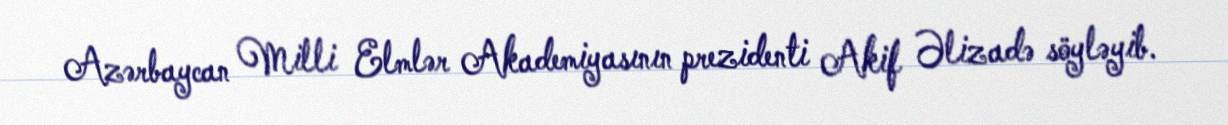
Azərbaycan Milli Elmlər Akademiyasının prezidenti Akif Əlizadə söyləyib.